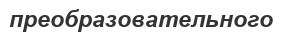
преобразовательного